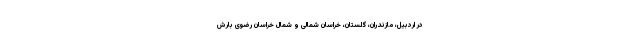
در اردبیل، مازندران، گلستان، خراسان شمالی و شمال خراسان رضوی بارش